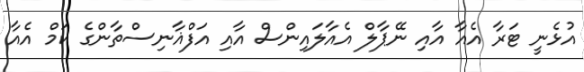
އުޅެނީ ޓަރާ އެއާ އާއި ނޭޕާލް އެއާލައިންސް އާއި އަފްޣާނިސްތާންގެ ކަމް އެއާ